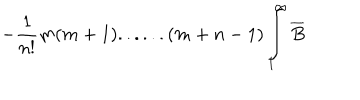
- \frac { 1 } { n ! } m ( m + 1 ) . . . . . . ( m + n - 1 ) \int _ { 1 } ^ { \infty } \overline { { { B } } }